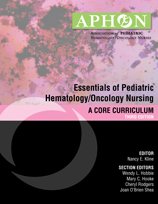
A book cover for Essentials of Pediatric Hematology/Oncology Nursing: A Core Curriculum; Medical Books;